Vaccination Hyderabad 1872-1889 - 1872-1889
Year: 1872
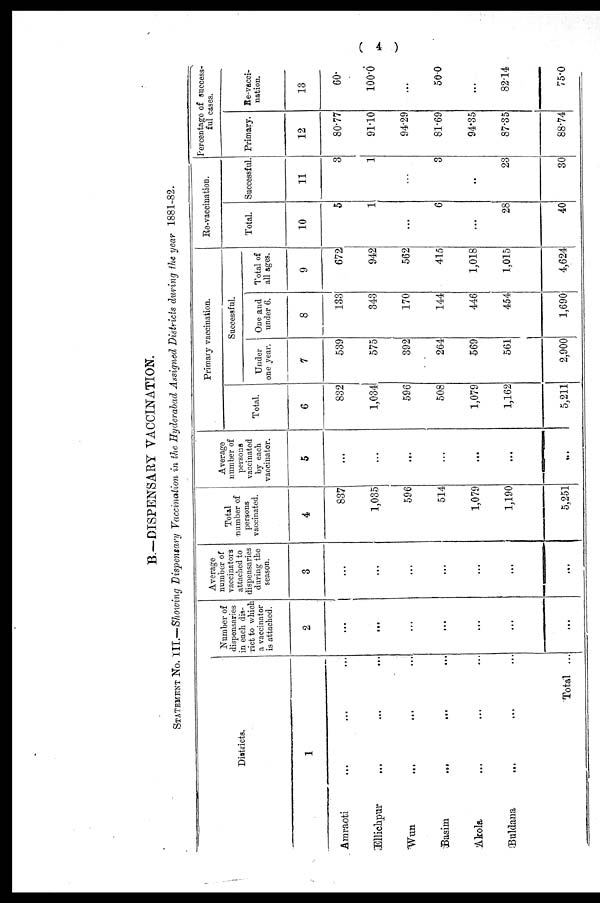
( 4 )
B.—DISPENSARY VACCINATION.
STATEMENT No. III.—Showing Dispensary Vaccination in the Hyderabad Assigned Districts during the year 1881-82.
Districts.
1
Amraoti
... ... ...
Ellichpur ... ... ...
Wun
... ... ...
Basim
...
...
...
Akola ... ... ...
Buldana
... ... ...
Total ...
Number of
dispensaries
in each dis¬
rict to which
a vaccinator
is attached.
2
...
...
...
...
...
...
...
Average
number of
vaccinators
attached to
dispensaries
during the
season.
3
...
...
...
...
...
...
...
Total
number of
persons
vaccinated.
4
837
1,035
596
514
1,079
1,190
5,251
Average
number of
persons
vaccinated
by each
vaccinator.
5
...
...
...
...
...
...
...
Primary vaccination.
Total.
6
832
1,034
596
508
1,079
1,162
5,211
Successful.
Under
one year.
7
539
575
392
264
569
561
2,900
One and
under 6.
8
133
343
170
144
446
454
1,690
Total of
all ages.
9
672
942
562
415
1,018
1,015
4,624
Re-vaccination.
Total
10
5
1
...
6
...
28
40
Successful.
11
3
1
...
3
...
23
30
Percentage of success-
ful cases.
Primary.
12
80.77
91.10
94.29
81.69
94.35
87.35
88.74
Re-vacci¬
nation.
13
60.
100.0
...
50.0
...
82.14
75.0